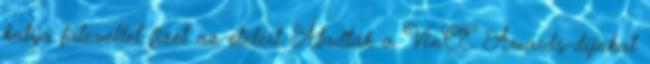
kutya falevéllel fizet az ételért Átadták a VinCE Awards-díjakat